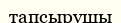
тапсырушы